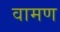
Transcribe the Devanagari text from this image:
वामण